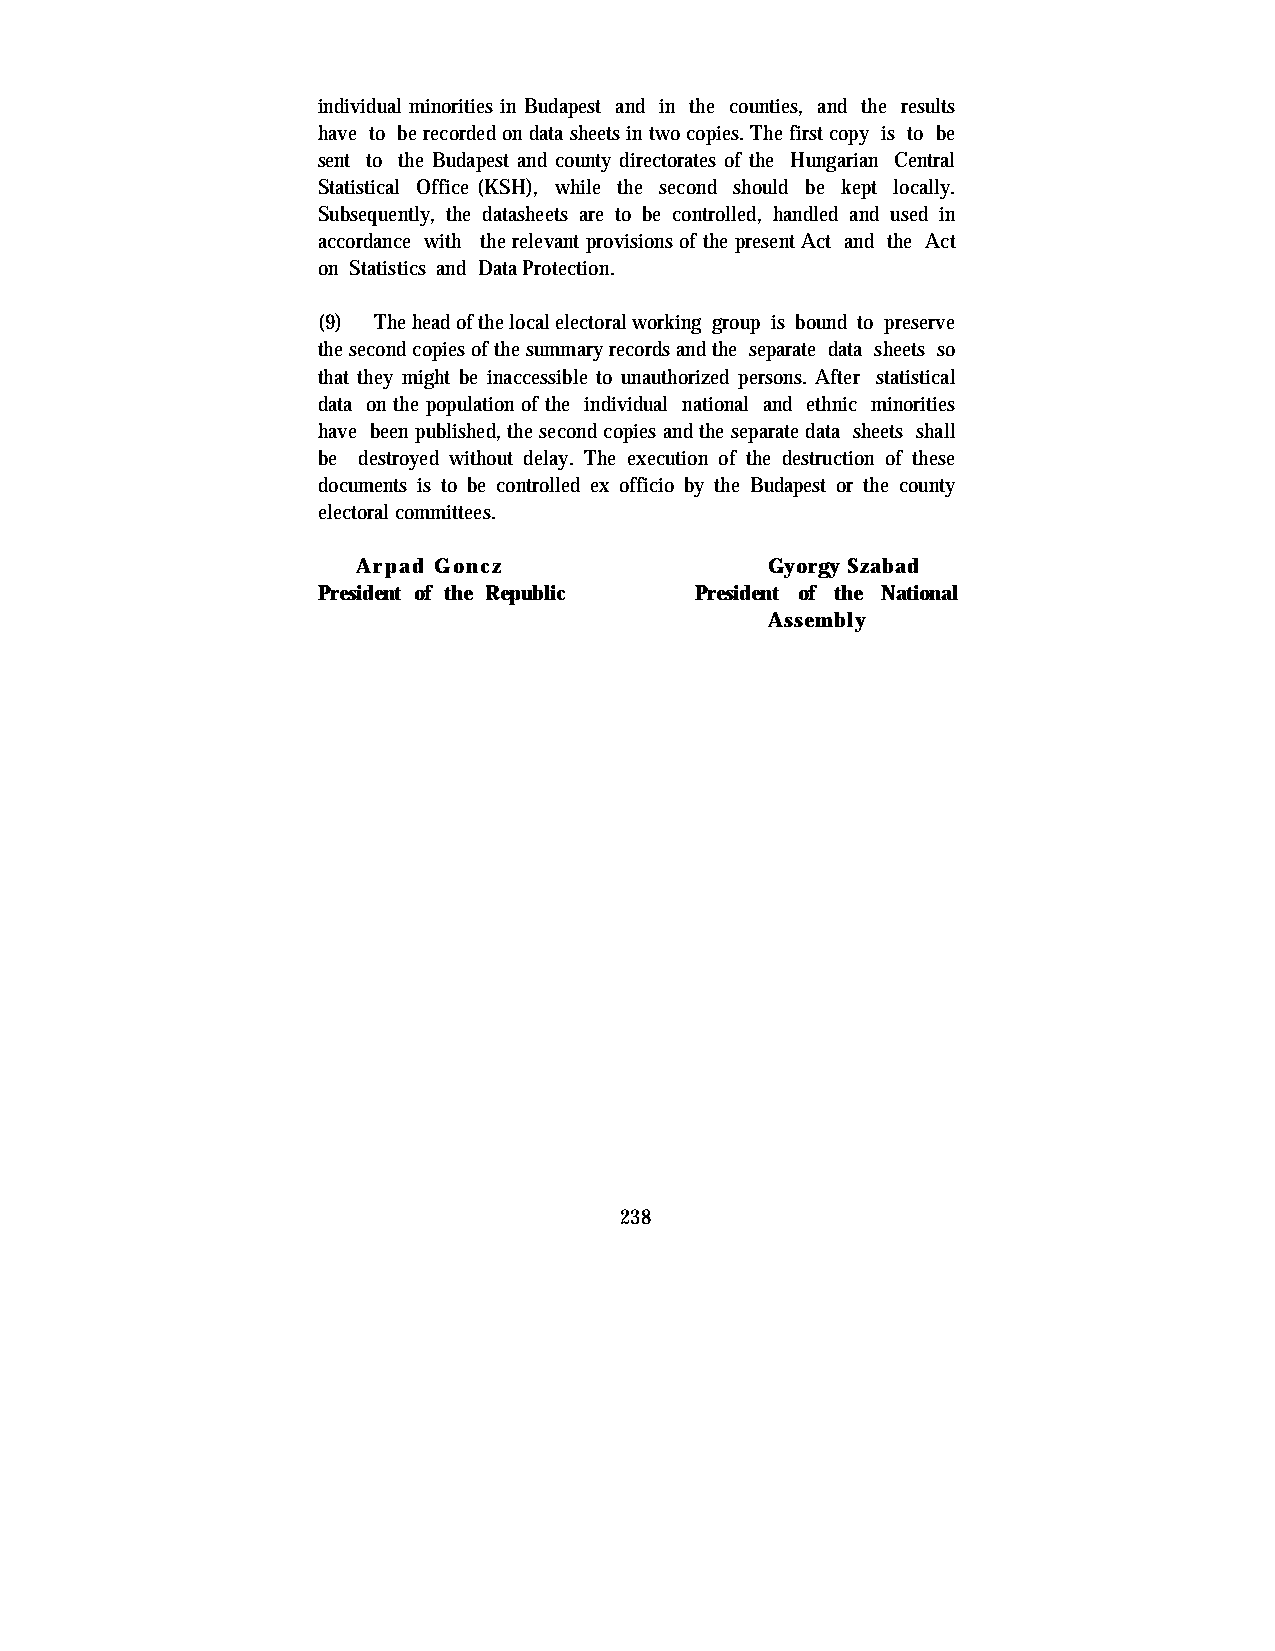
individual minorities in Budapest and in the counties, and the results
 have to be recorded on data sheets in two copies. The first copy is to be
 sent to the Budapest and county directorates of the Hungarian Central
 Statistical Office (KSH), while the second should be kept locally.
 Subsequently, the datasheets are to be controlled, handled and used in
 accordance with the relevant provisions of the present Act and the Act
 on Statistics and Data Protection.
 (9) The head of the local electoral working group is bound to preserve
 the second copies of the summary records and the separate data sheets so
 that they might be inaccessible to unauthorized persons. After statistical
 data on the population of the individual national and ethnic minorities
 have been published, the second copies and the separate data sheets shall
 be destroyed without delay. The execution of the destruction of these
 documents is to be controlled ex officio by the Budapest or the county
 electoral committees.
 Arpad Goncz                Gyorgy Szabad
 President of the Republic President of the National
 Assembly
 238